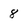
Character: 8